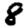
Digit: 8